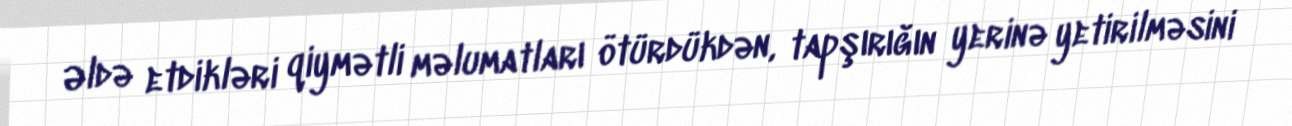
Əldə etdikləri qiymətli məlumatları ötürdükdən, tapşırığın yerinə yetirilməsini